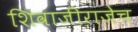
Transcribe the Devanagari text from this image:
शिवाजीराजेच